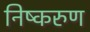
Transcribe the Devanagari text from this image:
निष्करुण